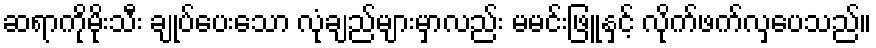
ဆရာကိုမိုးသီး ချုပ်ပေးသော လုံချည်များမှာလည်း မမင်းဖြူနှင့် လိုက်ဖက်လှပေသည်။